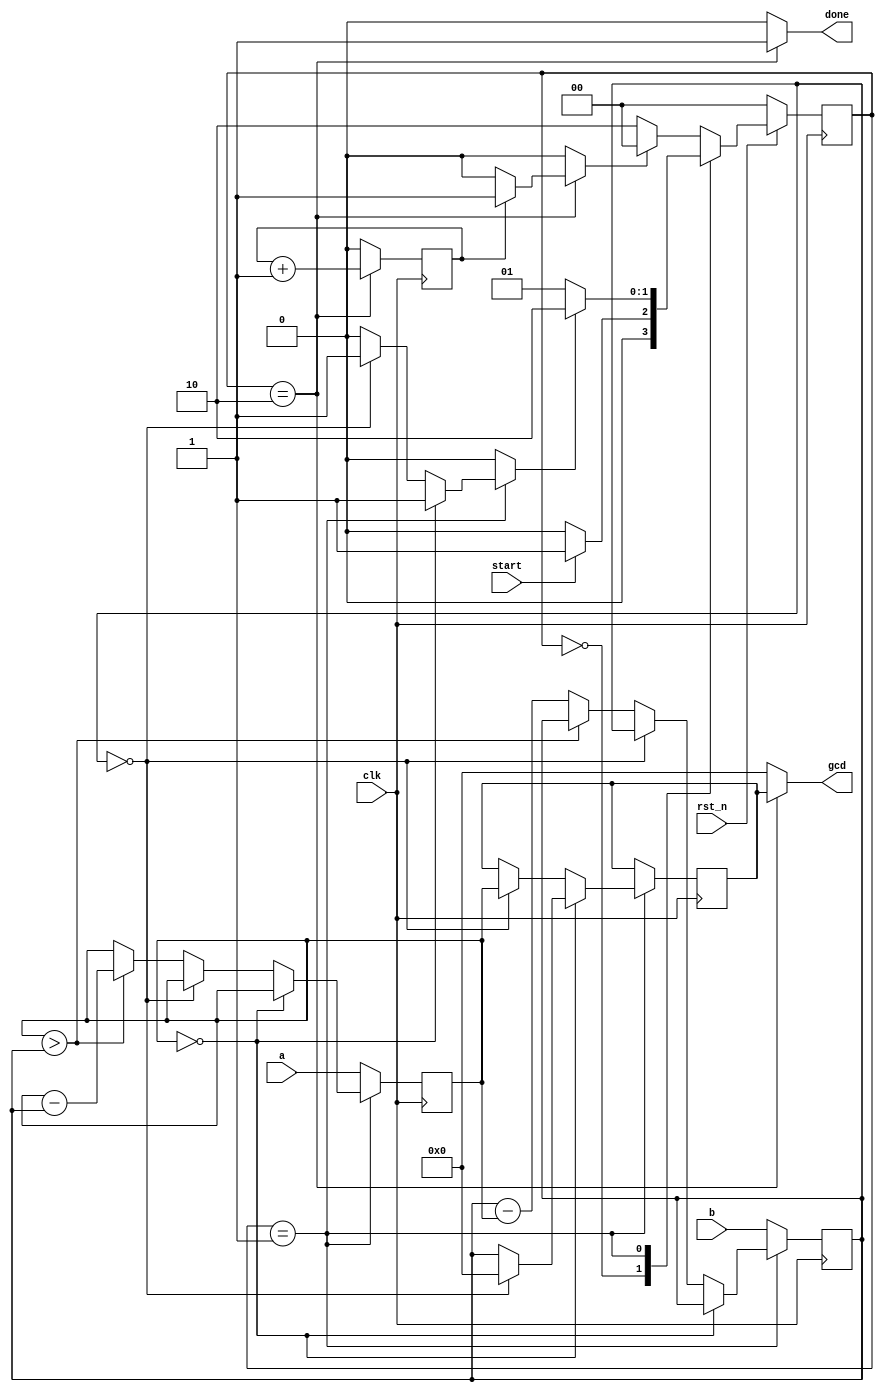
`timescale 1ns/1ps

module Greatest_Common_Divisor (clk, rst_n, start, a, b, done, gcd);
input clk, rst_n;
input start;
input [15:0] a;
input [15:0] b;
output done;
output [15:0] gcd;

parameter WAIT = 2'b00;
parameter CAL = 2'b01;
parameter FINISH = 2'b10;

reg [1:0] state, next_state;
reg [15:0] cal_gcd, next_cal_gcd, gcd;
reg done, next_done;
reg finish_cal, finish_finish;
reg [15:0] cal_a, next_cal_a;
reg [15:0] cal_b, next_cal_b;
reg finish_counter;

always @(posedge clk) begin
    if(rst_n == 1'b0) begin
        state <= WAIT;
    end 
    else begin
        state <= next_state;
    end   
end

always @(*) begin
    case(state)
        WAIT: begin
            next_state = (start == 1'b1)? CAL : WAIT;
        end
        CAL: begin
            next_state = (finish_cal == 1'b1)? FINISH : CAL;
        end
        default: begin
            next_state = (finish_finish == 1'b1)? WAIT : FINISH;
        end
    endcase
end

always @(posedge clk) begin
    cal_a <= next_cal_a;
    cal_b <= next_cal_b;
    cal_gcd <= next_cal_gcd;
end

always @(*) begin
    if(state == CAL) begin
        if(cal_a == 16'b0) begin
            if(cal_b == 16'b0) begin
                next_cal_gcd = 16'b0;
                finish_cal = 1'b1;
                next_cal_a = cal_a;
                next_cal_b = cal_b;
            end
            else begin
                next_cal_gcd = cal_b;
                finish_cal = 1'b1;
                next_cal_a = cal_a;
                next_cal_b = cal_b;
            end
        end
        else begin
            if(cal_b == 16'b0) begin
                next_cal_gcd = cal_a;
                finish_cal = 1'b1;
                next_cal_a = cal_a;
                next_cal_b = cal_b;
            end
            else begin
                next_cal_gcd = cal_gcd;
                finish_cal = 1'b0;
                if(cal_a > cal_b) begin
                    next_cal_a = cal_a - cal_b;
                    next_cal_b = cal_b;
                end
                else begin
                    next_cal_a = cal_a;
                    next_cal_b = cal_b - cal_a;
                end
            end
        end
    end
    else begin
        next_cal_gcd = cal_gcd;
        finish_cal = 1'b0;
        next_cal_a = a;
        next_cal_b = b;
    end
end

always @(posedge clk) begin
    if(state == FINISH) begin
        finish_counter <= finish_counter + 1'b1;
    end
    else begin
        finish_counter <= 1'b0;
    end
end

always @(*) begin
    if(state == FINISH) begin
        gcd = cal_gcd;
        done = 1'b1;
        finish_finish = (finish_counter == 1'b1) ? 1'b1 : 1'b0;
    end
    else begin
        gcd = 16'd0;
        done = 1'b0;
        finish_finish = 1'b0;
    end
end

endmodule